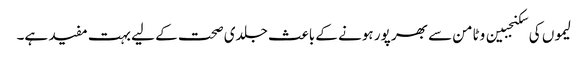
لیموں کی سکنجبین وٹامن سے بھر پور ہونے کے باعث جلدی صحت کے لیے بہت مفید ہے۔